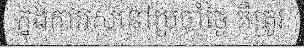
ក្នុងការរស់នៅប្រចាំថ្ងៃ គឺត្រូវ